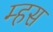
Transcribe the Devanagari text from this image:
म्हस